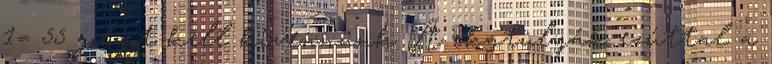
1= 55 golyót kell kivennünk A skatulyák ezúttal a